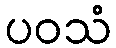
ပဝသံ